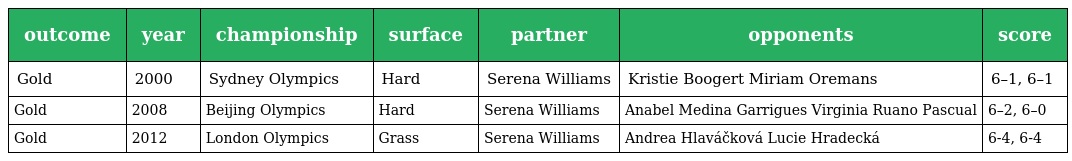
| outcome | year | championship | surface | partner | opponents | score |
 | --- | --- | --- | --- | --- | --- | --- |
 | Gold | 2000 | Sydney Olympics | Hard | Serena Williams | Kristie Boogert Miriam Oremans | 6–1, 6–1 |
 | Gold | 2008 | Beijing Olympics | Hard | Serena Williams | Anabel Medina Garrigues Virginia Ruano Pascual | 6–2, 6–0 |
 | Gold | 2012 | London Olympics | Grass | Serena Williams | Andrea Hlaváčková Lucie Hradecká | 6-4, 6-4 |